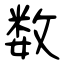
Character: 数